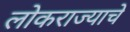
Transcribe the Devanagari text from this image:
लोकराज्याचे